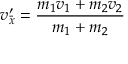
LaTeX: \ v _ { \bar { x } } ^ { \prime } = { \frac { m _ { 1 } v _ { 1 } + m _ { 2 } v _ { 2 } } { m _ { 1 } + m _ { 2 } } }